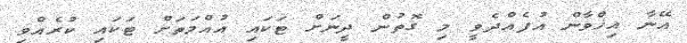
އޭނާ އިޚްވާން އުފެއްދެވީ މި ގޮތުން ދީނަށް ޓަކައި އުއްމަތަށް ޓަކައި ކުރެއްވި